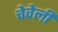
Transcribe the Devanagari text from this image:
चेवेली